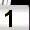
Digit: 1